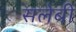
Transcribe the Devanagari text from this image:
सलेबी